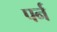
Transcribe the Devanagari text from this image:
पर्न